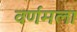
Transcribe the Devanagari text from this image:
वर्णमला